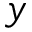
y